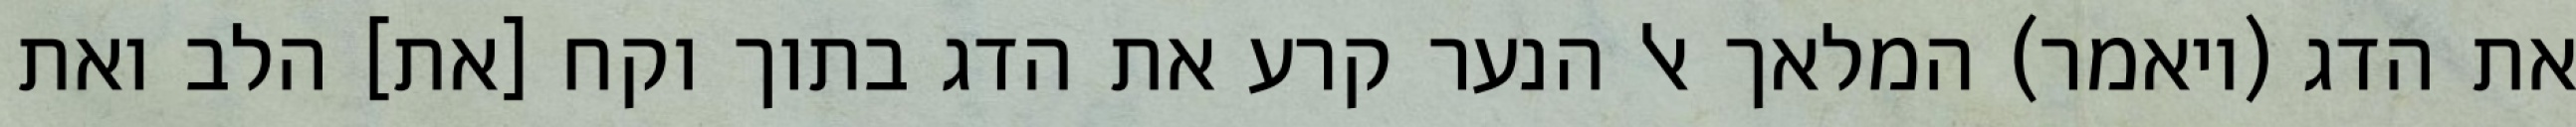
את הדג (ויאמר) המלאך אל הנער קרע את הדג בתוך וקח [את] הלב ואת